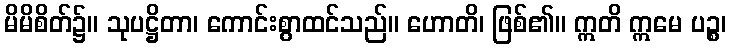
မိမိစိတ်၌။ သုပဋ္ဌိတာ၊ ကောင်းစွာထင်သည်။ ဟောတိ၊ ဖြစ်၏။ ဣတိ ဣမေ ပဉ္စ၊